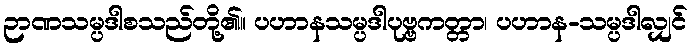
ဉာဏသမ္ပဒါစသည်တို့၏။ ပဟာနသမ္ပဒါပုဗ္ဗကတ္တာ၊ ပဟာန-သမ္ပဒါလျှင်